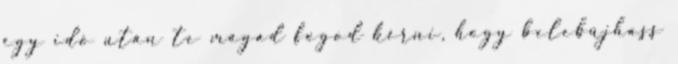
egy idő után te magad fogod kérni, hogy belebújhass